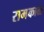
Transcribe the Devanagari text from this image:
रामकाळ